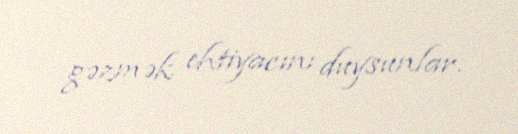
gəzmək ehtiyacını duysunlar.